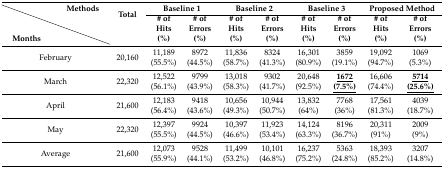
<table><thead><tr><td></td><td><b>Methods</b></td><td rowspan="2"><b>Total</b></td><td colspan="2"><b>Baseline 1</b></td><td colspan="2"><b>Baseline 2</b></td><td colspan="2"><b>Baseline 3</b></td><td colspan="2"><b>Proposed Method</b></td></tr><tr><td><b>Months</b></td><td></td><td><b># of Hits (%)</b></td><td><b># of Errors (%)</b></td><td><b># of Hits (%)</b></td><td><b># of Errors (%)</b></td><td><b># of Hits (%)</b></td><td><b># of Errors (%)</b></td><td><b># of Hits (%)</b></td><td><b># of Errors (%)</b></td></tr></thead><tbody><tr><td colspan="2">February</td><td>20,160</td><td>11,189 (55.5%)</td><td>8972 (44.5%)</td><td>11,836 (58.7%)</td><td>8324 (41.3%)</td><td>16,301 (80.9%)</td><td>3859 (19.1%)</td><td>19,092 (94.7%)</td><td>1069 (5.3%)</td></tr><tr><td colspan="2">March</td><td>22,320</td><td>12,522 (56.1%)</td><td>9799 (43.9%)</td><td>13,018 (58.3%)</td><td>9302 (41.7%)</td><td>20,648 (92.5%)</td><td><underline><b>1672 (7.5%)</b></underline></td><td>16,606 (74.4%)</td><td><underline><b>5714 (25.6%)</b></underline></td></tr><tr><td colspan="2">April</td><td>21,600</td><td>12,183 (56.4%)</td><td>9418 (43.6%)</td><td>10,656 (49.3%)</td><td>10,944 (50.7%)</td><td>13,832 (64%)</td><td>7768 (36%)</td><td>17,561 (81.3%)</td><td>4039 (18.7%)</td></tr><tr><td colspan="2">May</td><td>22,320</td><td>12,397 (55.5%)</td><td>9924 (44.5%)</td><td>10,397 (46.6%)</td><td>11,923 (53.4%)</td><td>14,124 (63.3%)</td><td>8196 (36.7%)</td><td>20,311 (91%)</td><td>2009 (9%)</td></tr><tr><td colspan="2">Average</td><td>21,600</td><td>12,073 (55.9%)</td><td>9528 (44.1%)</td><td>11,499 (53.2%)</td><td>10,101 (46.8%)</td><td>16,237 (75.2%)</td><td>5363 (24.8%)</td><td>18,393 (85.2%)</td><td>3207 (14.8%)</td></tr></tbody></table>